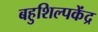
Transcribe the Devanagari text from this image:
बहुशिल्पकेंद्र